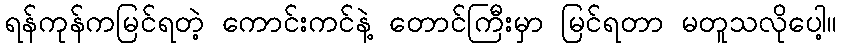
ရန်ကုန်ကမြင်ရတဲ့ ကောင်းကင်နဲ့ တောင်ကြီးမှာ မြင်ရတာ မတူသလိုပေါ့။